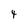
Character: 4